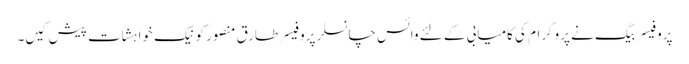
پروفیسر بیگ نے پروگرام کی کامیابی کے لئے وائس چانسلر پروفیسر طارق منصور کو نیک خواہشات پیش کیں۔